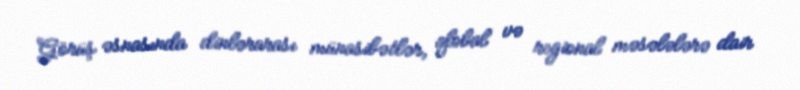
Görüş əsnasında dinlərarası münasibətlər, qlobal və regional məsələlərə dair